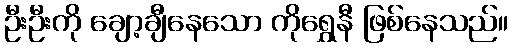
ဦးဦးကို ချော့ချီနေသော ကိုရွှေနီ ဖြစ်နေသည်။